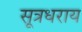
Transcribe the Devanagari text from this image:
सूत्रधराय